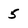
Character: 5